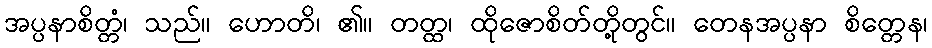
အပ္ပနာစိတ္တံ၊ သည်။ ဟောတိ၊ ၏။ တတ္ထ၊ ထိုဇောစိတ်တို့တွင်။ တေနအပ္ပနာ စိတ္တေန၊